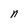
Character: n